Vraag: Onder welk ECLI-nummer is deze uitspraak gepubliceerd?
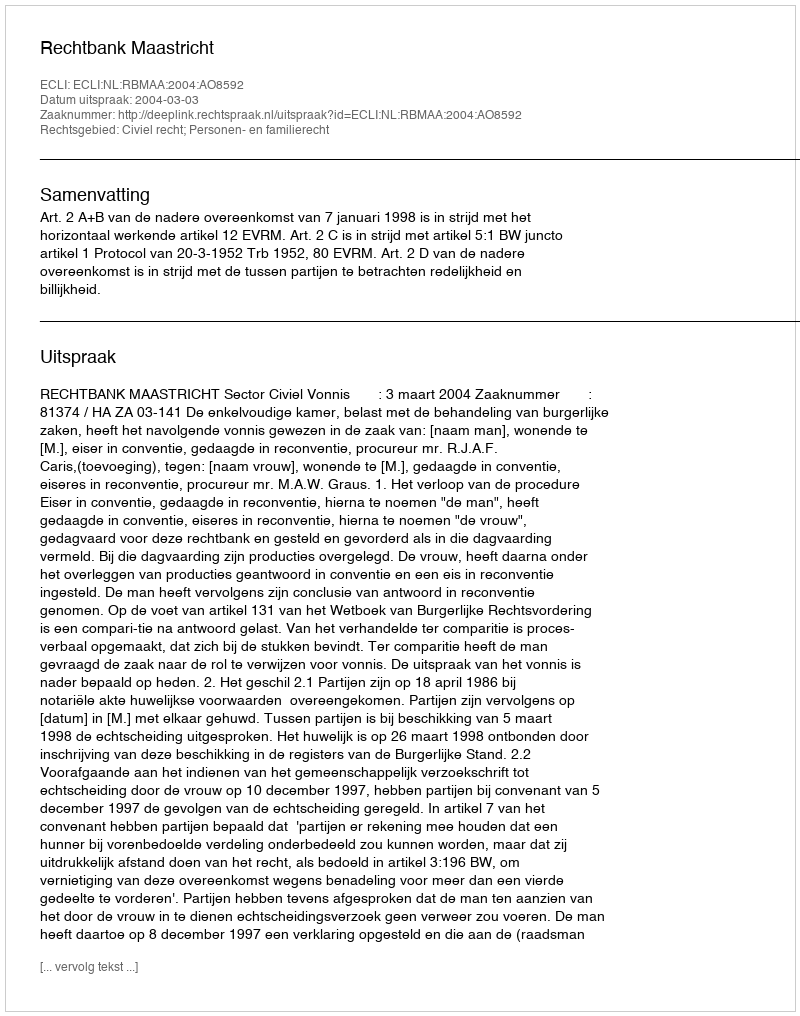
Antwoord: ECLI:NL:RBMAA:2004:AO8592